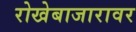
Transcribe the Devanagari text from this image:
रोखेबाजारावर